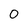
Character: 0